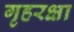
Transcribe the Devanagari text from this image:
गृहरक्षा